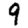
Digit: 9